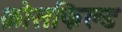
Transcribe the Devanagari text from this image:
क्रोसफिल्ड